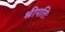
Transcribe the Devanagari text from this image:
श्रीपतिः